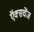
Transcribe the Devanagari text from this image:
ऍक्सचेंज